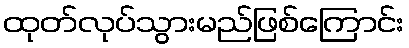
ထုတ်လုပ်သွားမည်ဖြစ်ကြောင်း